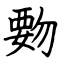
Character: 覅